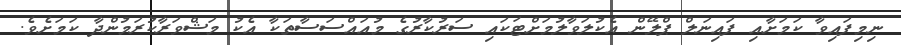
ނިމިފައިވާ ކަމަށާއި ފައިނަލް ޕްލޭން އެކުލަވާލުމަށްޓަކައި ސަރުކާރުގެ މުއައްސަސާތަކާ އެކު މަޝްވަރާކުރަމުންދާ ކަމަށެވެ.